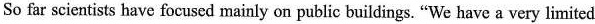
So far scientists have focused mainly onn public buildings."We have a very limited